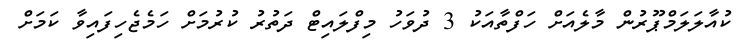
ކުއާލަލަމްޕޫރުން މާލެއަށް ހަފްތާއަކު 3 ދުވަހު މިފްލައިޓް ދަތުރު ކުރުމަށް ހަމެޖެހިފައިވާ ކަމަށް